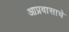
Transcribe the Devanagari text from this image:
आप्रवासाचे